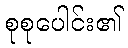
စုစုပေါင်း၏